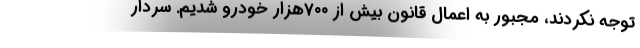
توجه نکردند، مجبور به اعمال قانون بیش از ۷۰۰هزار خودرو شدیم. سردار